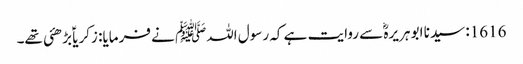
1616: سیدنا ابو ہریرہؓ سے روایت ہے کہ رسول اللہﷺ نے فرمایا: زکریاؑ بڑھئی تھے۔